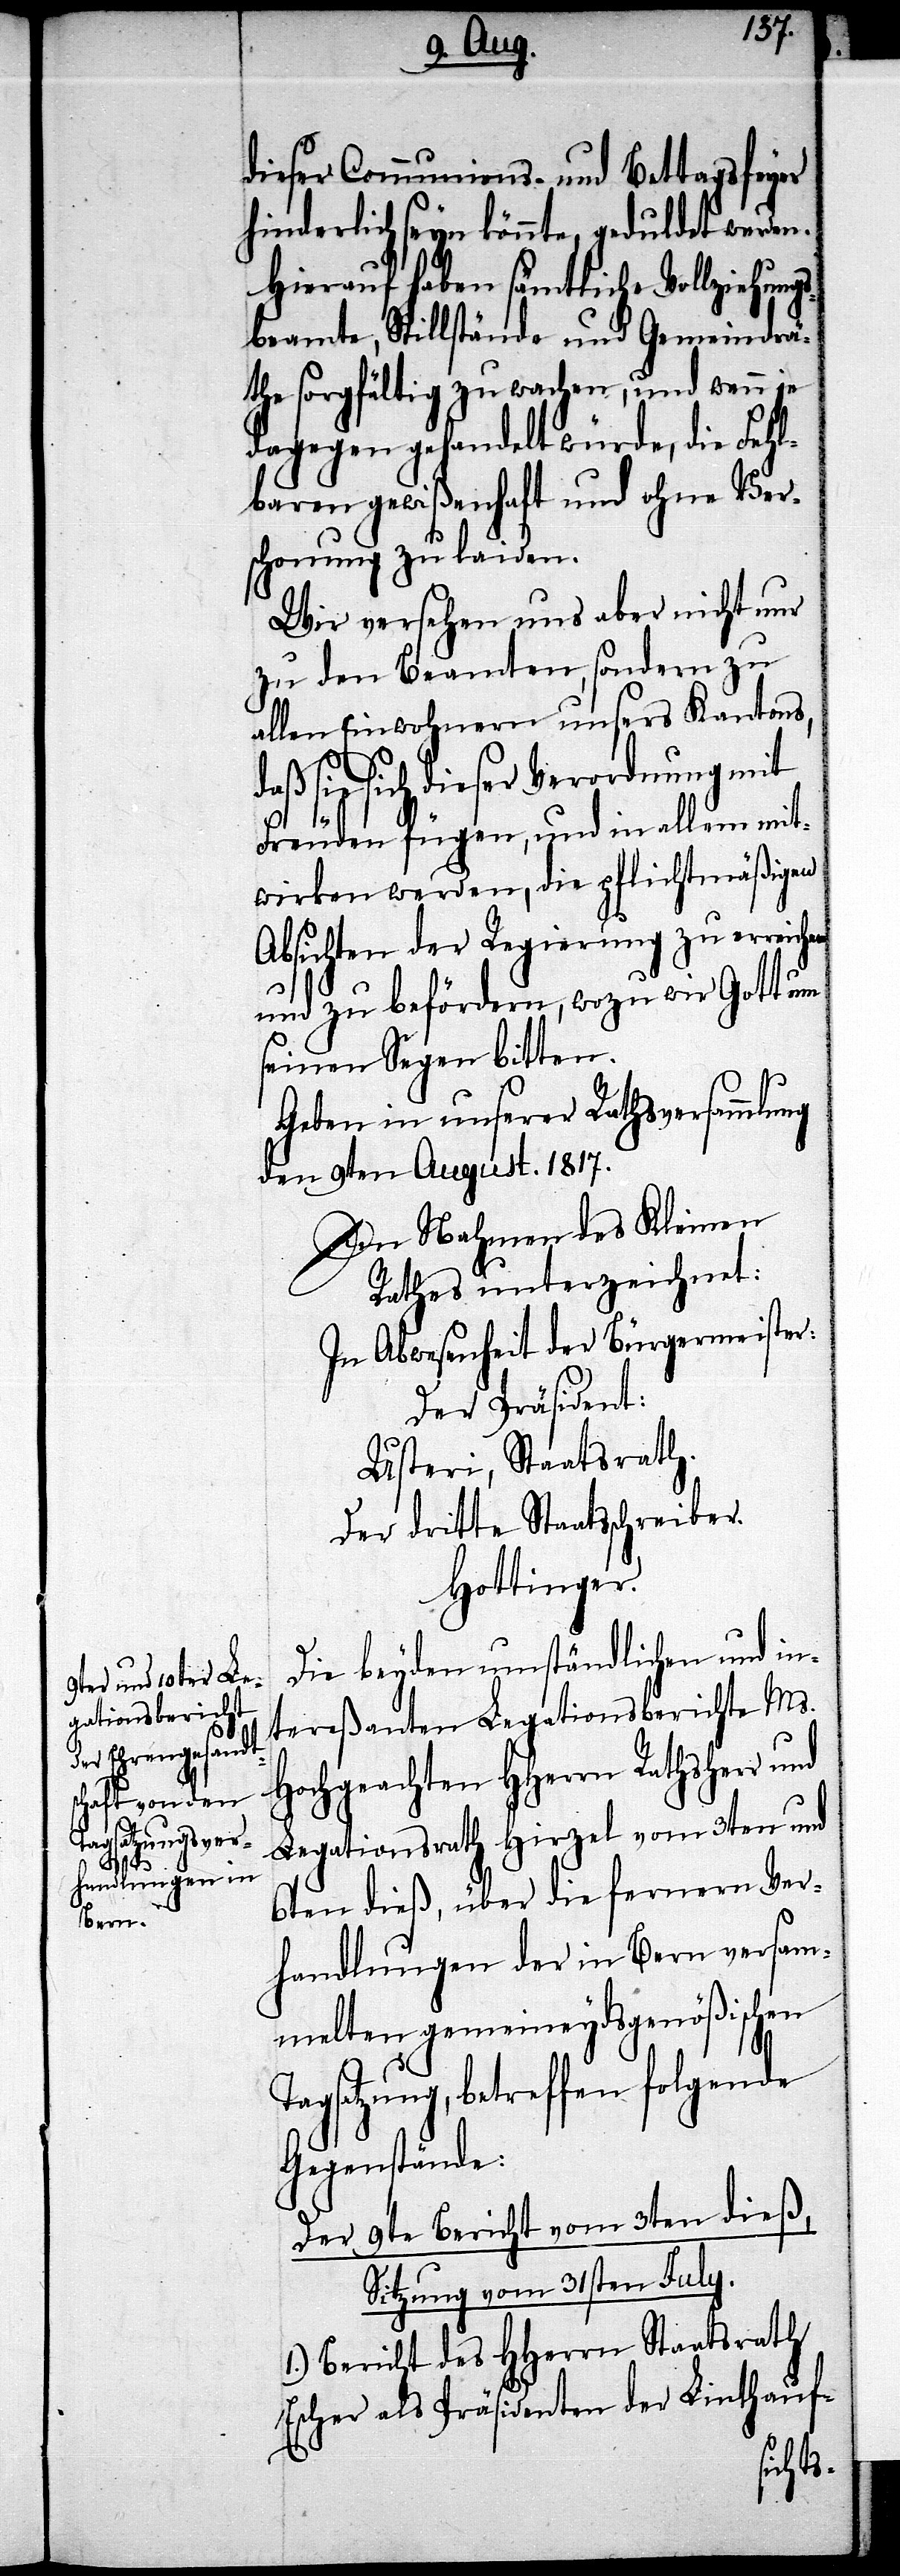
en

dieser Communions- und Bettagsfeyer
hinderlich seyn könnte, geduldet werden.
Hierauf haben sämtliche Vollziehungs¬
beamte, Stillstände und Gemeindrä¬
the sorgfältig zu wachen, und wenn
dagegen gehandelt würde, die Fehl¬
baren gewißenhaft und ohne Ver¬
schonung zu laiden.
Wir versehen uns aber nicht nur
zu den Beamten, sondern zu
allen Einwohnern unsers Kantons,
sie sich dieser Verordnung mit
Freuden fügen, und in allem mit¬
wirken werden, die pflichtmäßigen
Absichten der Regierung zu erreich¬
und zu befördern, wozu wir Gott um
seinen Segen bitten.
Geben in unserer Rathsversammlung
den 9ten August. 1817.
Im Nahmen des Kleinen
Rathes unterzeichnet:
In Abwesenheit der Bürgermeister:
Der Präsident:
Usteri, Staatsrath.
Der dritte Staatsschreiber.
Hottinger.
Die beyden umständlichen und in¬
tereßanten Legationsberichte Ms.
Hochgeachten HHerrn Rathsherr
Legationsrath Hirzel vom 3ten und
6ten dieß, über die fernern Ver¬
handlungen der in Bern versam¬
melten gemeineydsgenößischen
Tagsatzung, betreffen folgende
Gegenstände:
Der 9te Bericht vom 3ten dieß,
Sitzung vom 31sten July.
1.) Bericht des HHerrn Staastrath
Escher als Präsidenten der Linthauf-